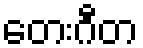
တေးဂီတ